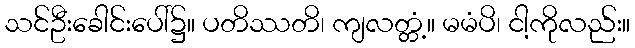
သင်ဦးခေါင်းပေါ်၌။ ပတိဿတိ၊ ကျလတ္တံ့။ မမံပိ၊ ငါ့ကိုလည်း။